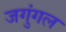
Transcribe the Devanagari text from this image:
जगुंगल